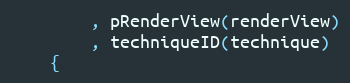
Language: C
		, pRenderView(renderView)
		, techniqueID(technique)
	{